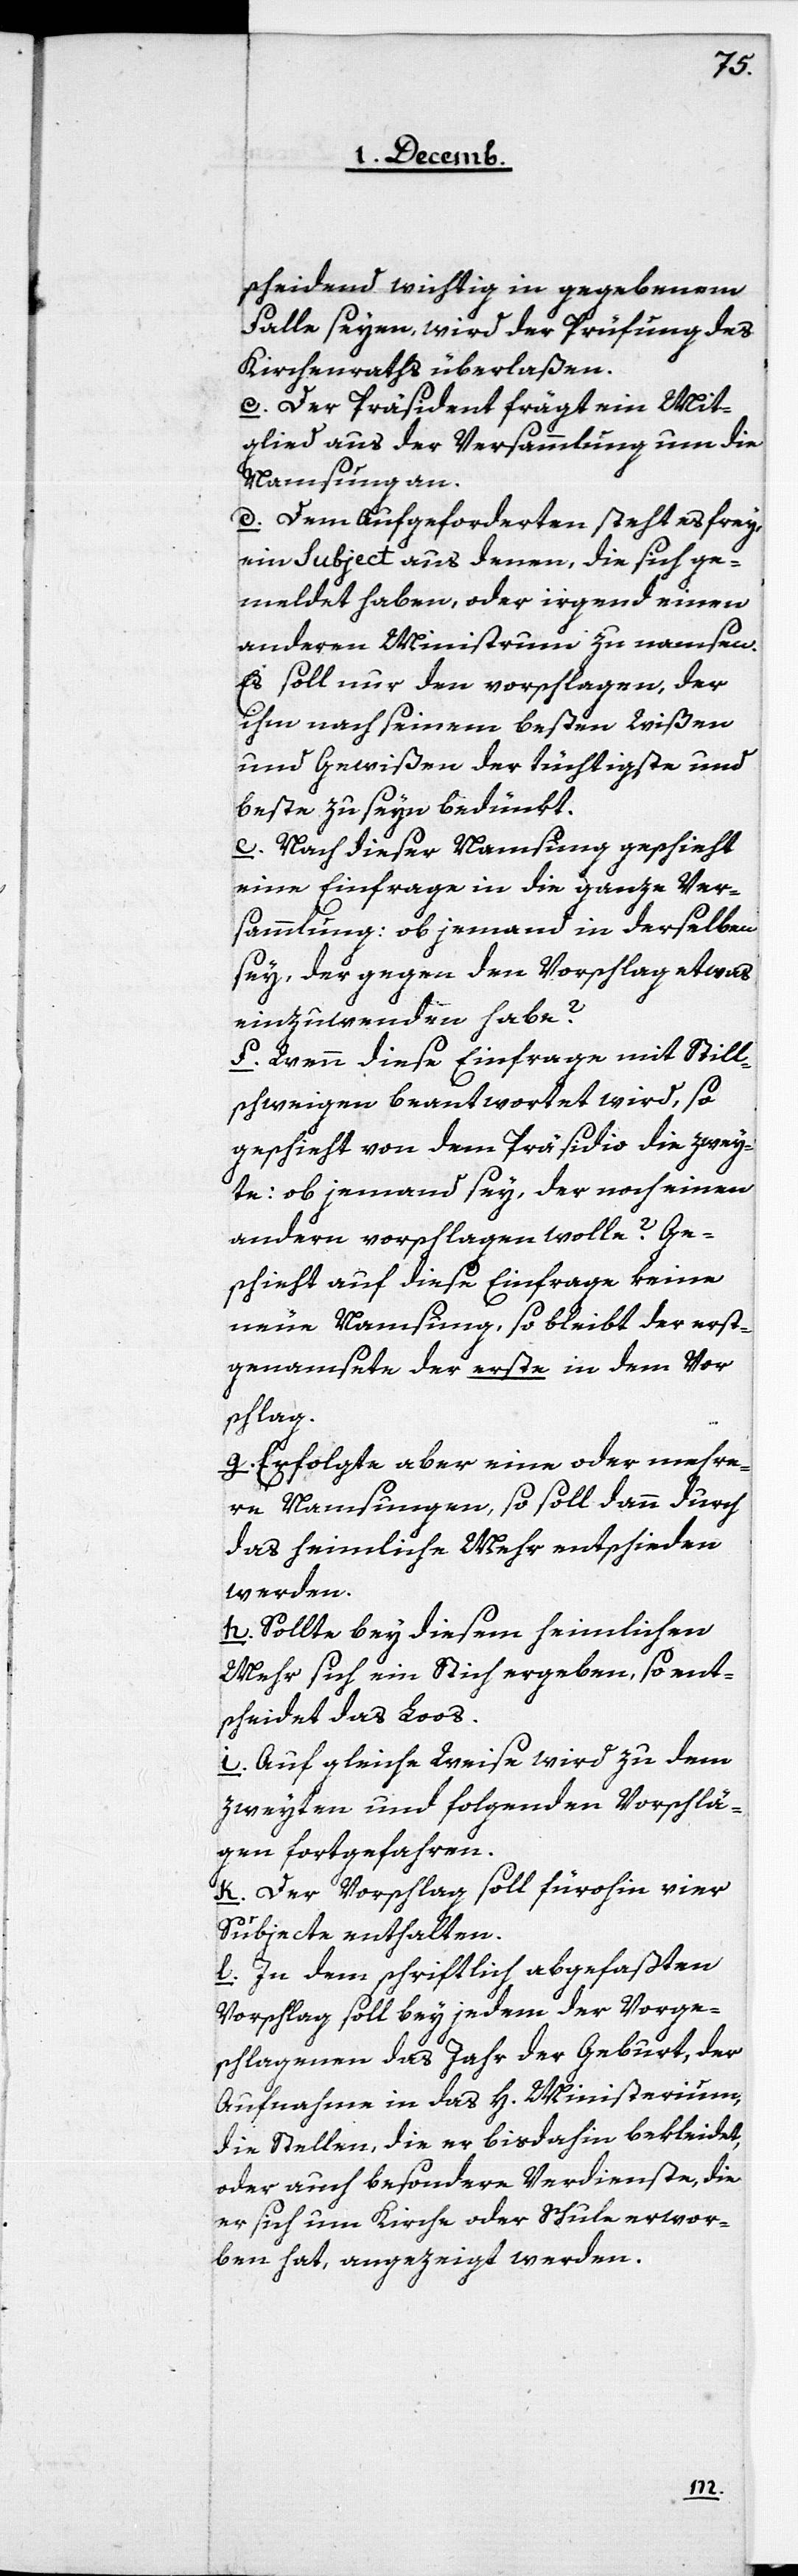
scheidend wichtig in gegebenem
Fall seyen, wird der Prüfung des
Kirchenraths überlaßen.
c. Der Präsident frägt ein Mit¬
glied aus der Versammlung um die
Namsung an.
d. Dem Aufgeforderten steht es frey,
ein Subject aus denen, die sich ge¬
meldet haben, oder irgend einen
anderen Ministrum zu namsen.
Es soll nur den vorschlagen, der
ihm nach seinem beßten Wißen
und Gewißen der tüchtigste und
beste zu seyn bedünkt.
e. Nach dieser Namsung geschieht
eine Einfrage in die ganze Ver¬
sammlung: ob jemand in derselben
sey, der gegen den Vorschlag etwas
einzuwenden habe?
f. Wenn diese Einfrage mit Still¬
schweigen beantwortet wird, so
geschieht von dem Präsidio die zwey¬
te: ob jemand sey, der noch einen
andern vorschlagen wolle? Ge¬
schieht auf diese Einfrage keine
neue Namsung, so bleibt der erst¬
genamsete der erste in dem Vor¬
schlag.
g. Erfolgte aber eine oder mehre¬
re Namsungen, so soll dann durch
das heimliche Mehr entschieden
werden.
h. Sollte bey diesem heimlichen
Mehr sich ein Stich ergeben, so ent¬
scheidet das Loos.
i. Auf gleiche Weise wird zu dem
zweyten und folgenden Vorschlä¬
gen fortgefahren.
k. Der Vorschlag soll fürohin vier
Subjecte enthalten.
l. In dem schriftlich abgefaßten
Vorschlag soll bey jedem der Vorge¬
schlagenen das Jahr der Geburt, der
Aufnahme in das H. Ministerium,
die Stellen, die er bis dahin bekleidet,
oder auch besondere Verdienste, die
er sich um Kirche oder Schule erwor¬
ben hat, angezeigt werden.